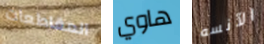
المقاطعات هاوي الآنسه